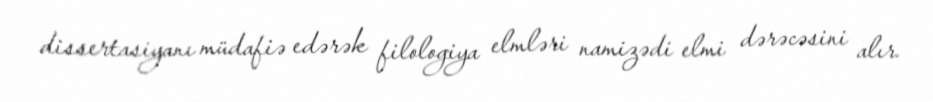
dissertasiyanı müdafiə edərək filologiya elmləri namizədi elmi dərəcəsini alır.